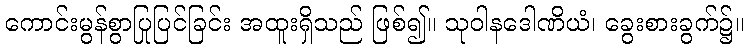
ကောင်းမွန်စွာပြုပြင်ခြင်း အထူးရှိသည် ဖြစ်၍။ သုဝါနဒေါဏိယံ၊ ခွေးစားခွက်၌။